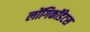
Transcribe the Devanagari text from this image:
लोंगिकॉडेटस